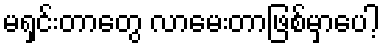
မရှင်းတာတွေ လာမေးတာဖြစ်မှာပေါ့